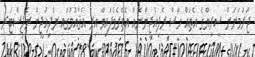
ޖަރުމަނަށް ސީރިޔާގެ އެތައް ހާސް ރެފިއުޖީންނެއް އެތެރެވެފައިވާ އިރު އެޤައުމުގައި ރެފިއުޖީން ރެޖިސްޓަރ